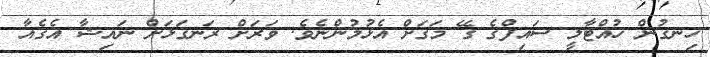
ހިނގުން ހުއްޓާލީ ސައިފްގެ ގޭ މަގަށް އެޅުމުންނެވެ. ވަރަށް ރަނގަޅަށް ނައިޝާ އެގެއާ